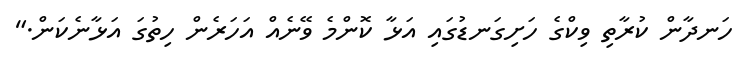
ހަނދާން ކުރާތި ވިކްގެ ހަށިގަނޑުގައި އަޅާ ކޮންމެ ވޭނެއް އަހަރެން ހިތުގަ އަޅާނެކަން."